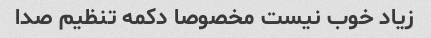
زیاد خوب نیست مخصوصا دکمه تنظیم صدا